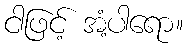
ငါဖြင့် အံ့ပါရော။